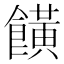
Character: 𩞩